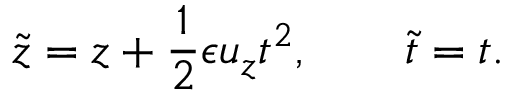
{ \tilde { z } } = z + \frac { 1 } { 2 } \epsilon u _ { z } t ^ { 2 } , \qquad { \tilde { t } } = t .